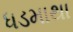
ધડમાથા